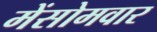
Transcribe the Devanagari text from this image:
मेंसोमवार